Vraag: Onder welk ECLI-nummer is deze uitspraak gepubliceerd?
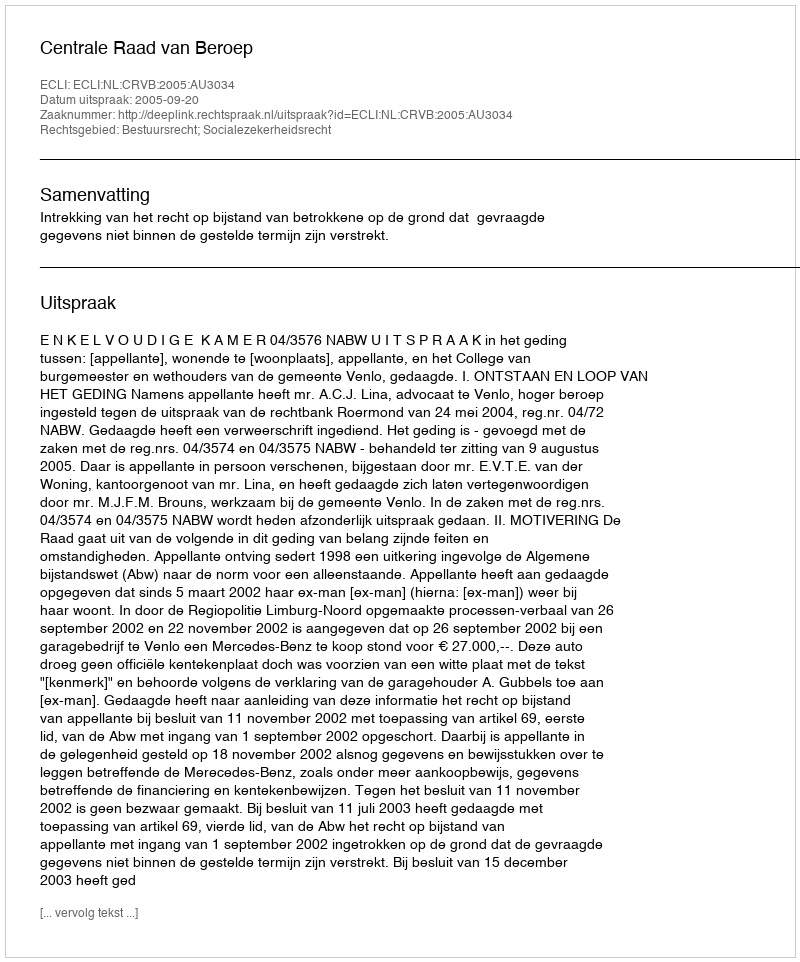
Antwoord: ECLI:NL:CRVB:2005:AU3034